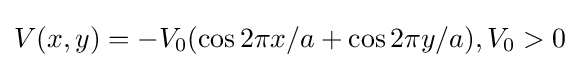
V(x,y)=-V_{0}(\cos 2\pi x/a+\cos 2\pi y/a),V_{0}>0